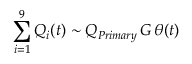
\sum _ { i = 1 } ^ { 9 } Q _ { i } ( t ) \sim Q _ { P r i m a r y } \, G \, \theta ( t )